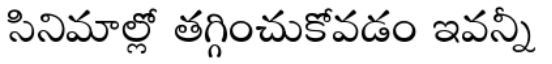
సినిమాల్లో తగ్గించుకోవడం ఇవన్నీ